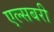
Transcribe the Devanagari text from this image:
एल्सबरी